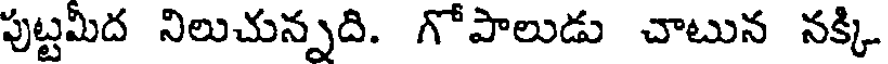
పుట్టమీద నిలుచున్నది. గోపాలుడు చాటున నక్కి